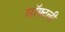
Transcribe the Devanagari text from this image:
सॉफ्टली